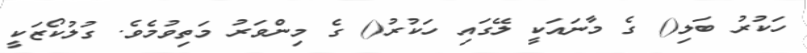
ހަކުރު ބަލި() ގެ މާނައަކީ ލޭގައި ހަކުރު() ގެ މިންވަރު މަތިވުމެވެ. ގުލުކޯޒަކީ